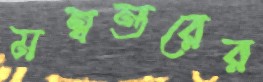
মন্বন্তরের